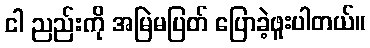
ငါ ညည်းကို အမြဲမပြတ် ပြောခဲ့ဖူးပါတယ်။